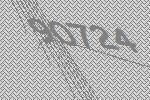
90724